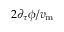
{ { 2 \partial _ { \tau } \phi } / { v _ { \mathrm { m } } } }